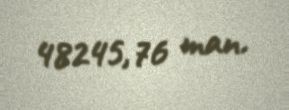
48245,76 man.